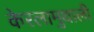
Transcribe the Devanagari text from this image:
केरलामुथाली